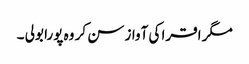
مگر اقرا کی آواز سن کر وہ پورا بولی ۔